65_HS1-834228961_62-HQ-83894_Section_3
Agency: FBI
Page 73
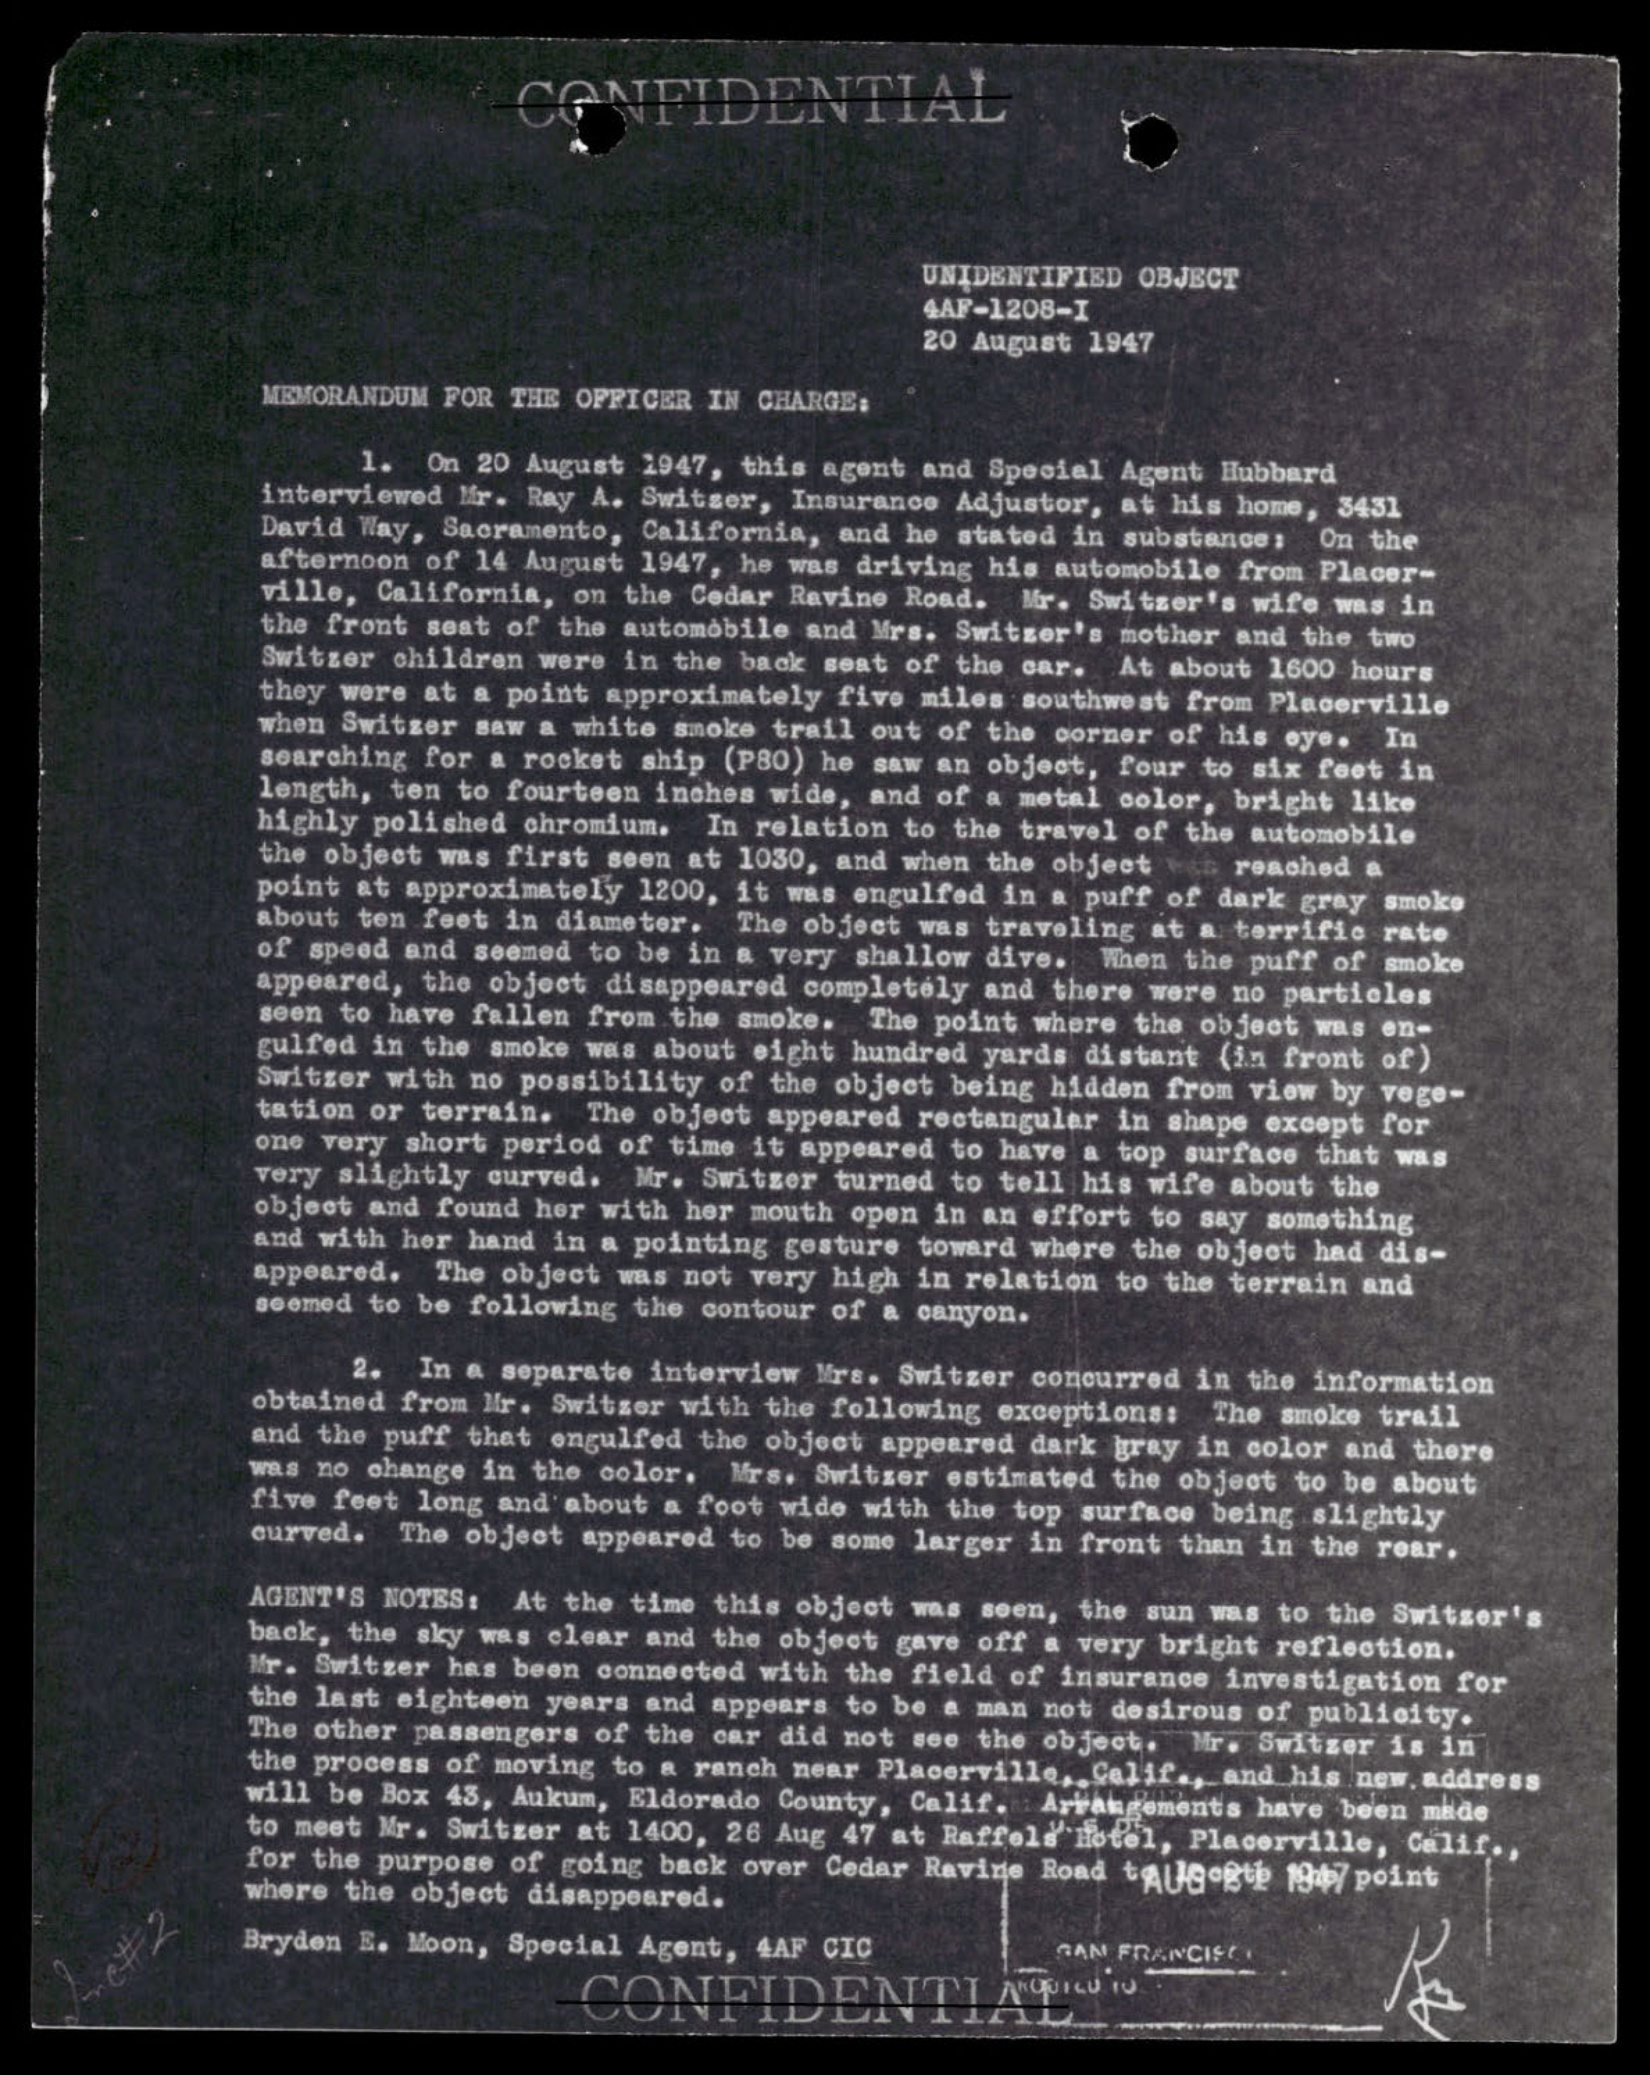